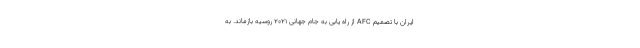
ایران با تصمیم AFC از راه یابی به جام جهانی 2021 روسیه بازماند. به